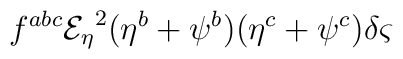
f^{abc}{{\mathcal{E}_{\eta}}}^{2}(\eta ^{b}+\psi ^{b})(\eta ^{c}+\psi ^{c})\delta \varsigma